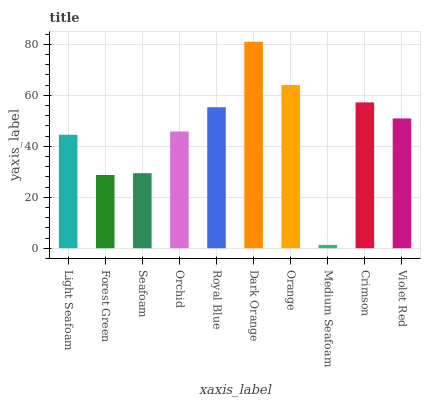
| xaxis_label | bars |
 | --- | --- |
 | Light Seafoam | 44.5 |
 | Forest Green | 28.7 |
 | Seafoam | 29.4 |
 | Orchid | 45.8 |
 | Royal Blue | 55.3 |
 | Dark Orange | 81 |
 | Orange | 64 |
 | Medium Seafoam | 1.29 |
 | Crimson | 57.2 |
 | Violet Red | 50.9 |